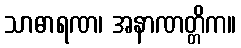
သာဓာရဏ၊ အနာဏတ္တိက။